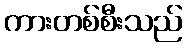
ကားတစ်စီးသည်